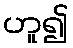
ဟူ၍